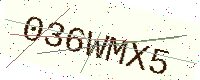
Text: 036WMX5